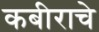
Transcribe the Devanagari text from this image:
कबीराचे